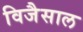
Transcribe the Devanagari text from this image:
विजैसाल